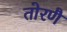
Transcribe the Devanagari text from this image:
तोरणै